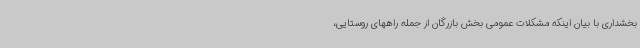
بخشداری با بیان اینکه مشکلات عمومی بخش بازرگان از جمله راههای روستایی،